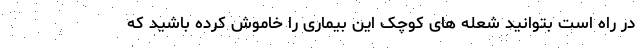
در راه است بتوانید شعله های کوچک این بیماری را خاموش کرده باشید که